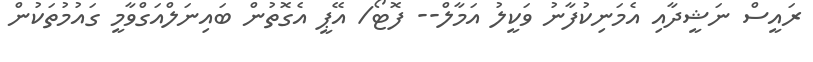
ރައީސް ނަޝީދާއި އެމަނިކުފާނު ވަކީލު އަމާލް-- ފޮޓޯ/ އޭޕީ އެގޮތުން ބައިނަލްއަގްވާމީ ގައުމުތަކުން